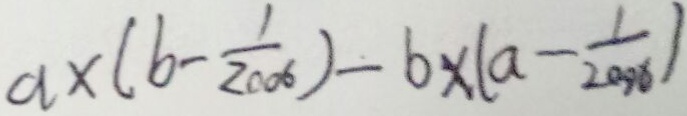
a \times ( b - \frac { 1 } { 2 0 0 6 } ) - b \times ( a - \frac { 1 } { 2 0 0 6 } )